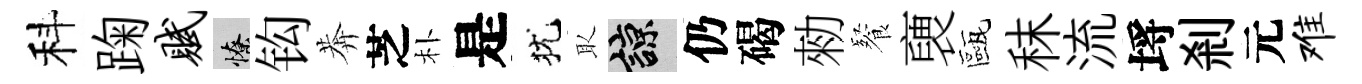
科踘赋憭钩莾芝朴是犹取諒仍碣勑餐褏甌秣流埓剎元难